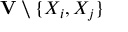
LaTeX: \mathbf { V } \setminus \{ X _ { i } , X _ { j } \}